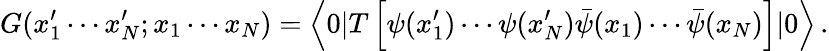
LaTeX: G(x_{1}^{\prime}\cdots x_{N}^{\prime};x_{1}\cdots x_{N})=\left<0|T\left[\psi(x_{1}^{\prime})\cdots\psi(x_{N}^{\prime})\bar{\psi}(x_{1})\cdots\bar{\psi}(x_{N})\right]|0\right>\, .